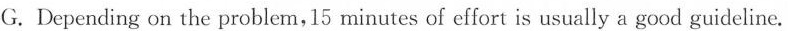
G. Depending on the problem,15 minutes of effort is usually a good guideline.